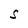
Character: S